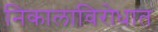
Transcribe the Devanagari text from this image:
निकालाविरोधात